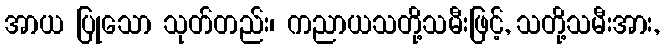
အာယ ပြုသော သုတ်တည်း၊ ကညာယသတို့သမီးဖြင့်, သတို့သမီးအား,